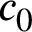
c _ { 0 }